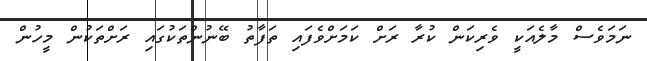
ނަމަވެސް މާލެއަކީ ވެރިކަން ކުރާ ރަށް ކަމަށްވެފައި ތަފާތު ބޭނުންތަކުގައި ރަށްތަކުން މީހުން